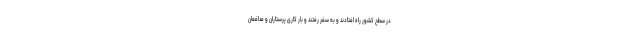
در سطح کشور راه افتادند و به سفر رفتند و بار کاری پرستاران و مدافعان